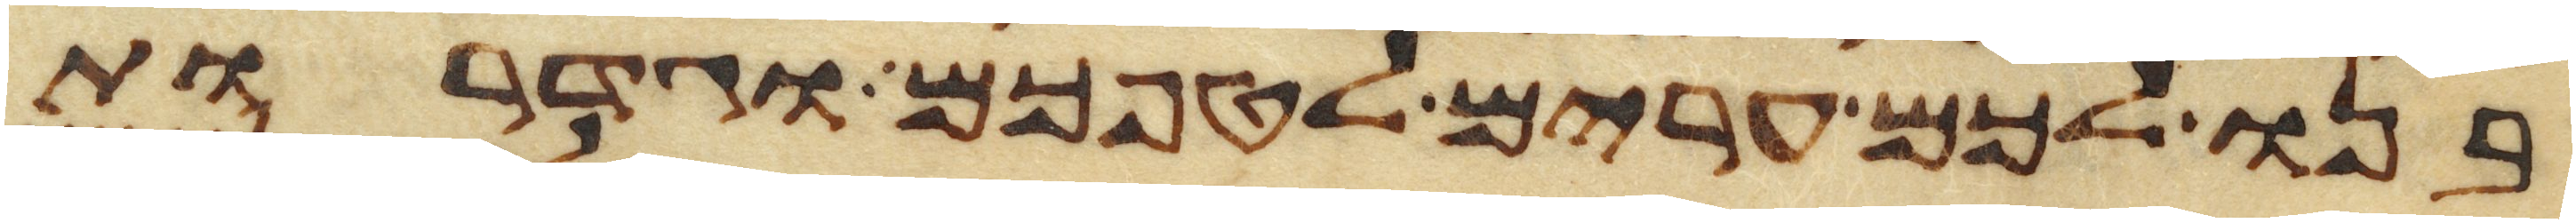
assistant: בנו לכם ערים לטפכם וגדרות